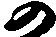
の